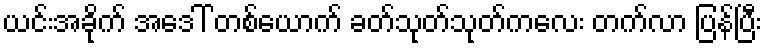
ယင်းအခိုက် အဒေါ် တစ်ယောက် ခတ်သုတ်သုတ်ကလေး တက်လာ ပြန်ပြီး